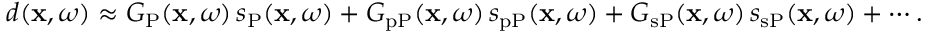
\begin{array} { r } { d ( \mathbf { x } , \omega ) \approx G _ { \mathrm { P } } ( \mathbf { x } , \omega ) \, s _ { \mathrm { P } } ( \mathbf { x } , \omega ) + G _ { \mathrm { p P } } ( \mathbf { x } , \omega ) \, s _ { \mathrm { p P } } ( \mathbf { x } , \omega ) + G _ { \mathrm { s P } } ( \mathbf { x } , \omega ) \, s _ { \mathrm { s P } } ( \mathbf { x } , \omega ) + \cdots . } \end{array}